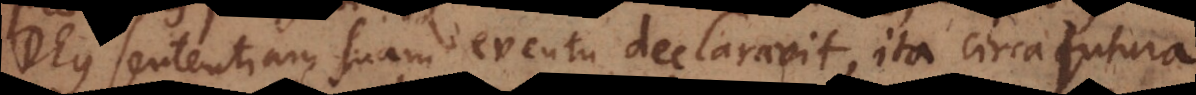
Deus sententiam suam eventu declaravit, ita circa futura